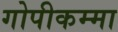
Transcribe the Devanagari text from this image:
गोपीकम्मा